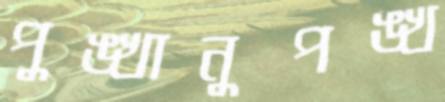
পুঙ্খানুপঙ্খ